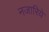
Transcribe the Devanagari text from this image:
नजारिये